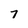
Character: 7